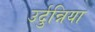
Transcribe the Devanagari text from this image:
उर्दुन्निया